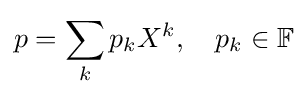
p=\sum _{k}p_{k}X^{k},\quad p_{k}\in \mathbb {F}